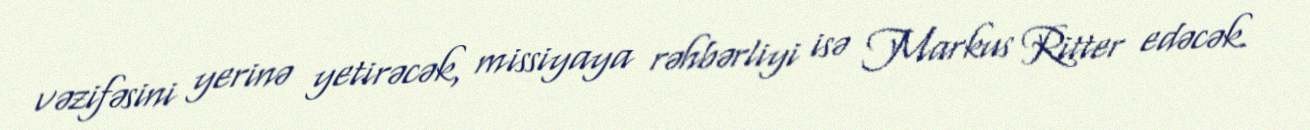
vəzifəsini yerinə yetirəcək, missiyaya rəhbərliyi isə Markus Ritter edəcək.